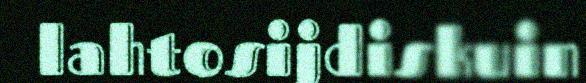
lahtosijdiskuin